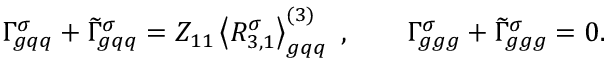
\Gamma _ { g q q } ^ { \sigma } + \widetilde { \Gamma } _ { g q q } ^ { \sigma } = Z _ { 1 1 } \left\langle R _ { 3 , 1 } ^ { \sigma } \right\rangle _ { g q q } ^ { ( 3 ) } \ , \qquad \Gamma _ { g g g } ^ { \sigma } + \widetilde { \Gamma } _ { g g g } ^ { \sigma } = 0 .